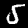
Digit: 5